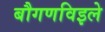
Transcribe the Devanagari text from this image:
बौगणविइले